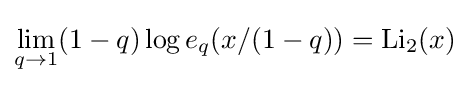
\lim _{q\to 1}(1-q)\log e_{q}(x/(1-q))=\mathrm {Li} _{2}(x)